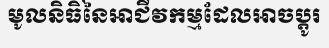
មូលនិធិនៃអាជីវកម្មដែលអាចប្តូរ